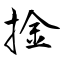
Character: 捦